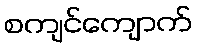
စကျင်ကျောက်